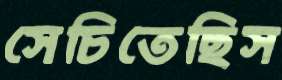
সেচিতেছিস